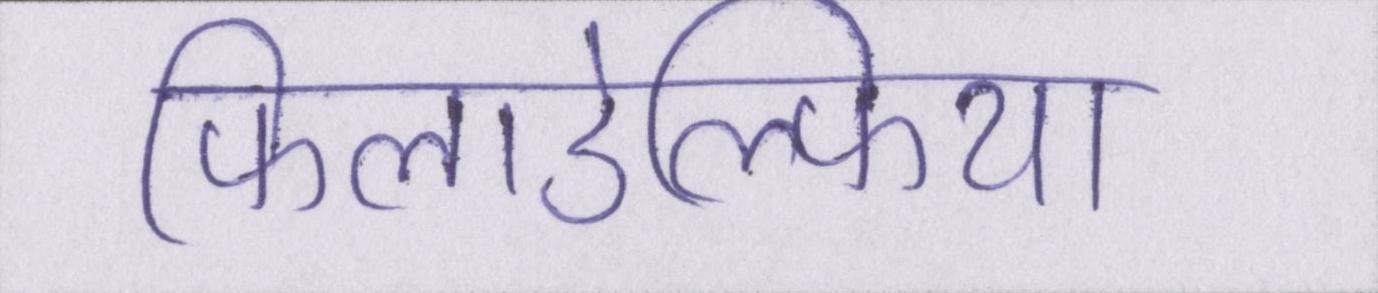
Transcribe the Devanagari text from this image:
फिलाडेल्फिया